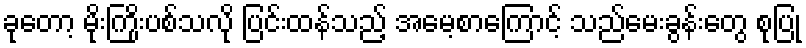
ခုတော့ မိုးကြိုးပစ်သလို ပြင်းထန်သည့် အမေ့စာကြောင့် သည်မေးခွန်းတွေ စုပြုံ